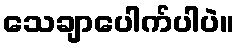
သေချာပေါက်ပါပဲ။